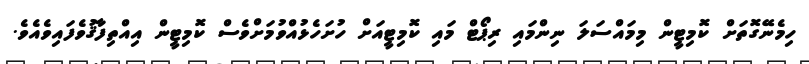
ހިމެނޭގޮތަށް ކޮމިޓީން މިމައްސަލަ ނިންމައި ރިޕޯޓް މައި ކޮމިޓީއަށް ހުށަހެޅުއްވުމަށްވެސް ކޮމިޓީން އިއްތިފާޤުވެފައިވެއެވެ.